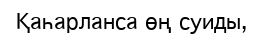
Қаһарланса өң суиды,